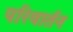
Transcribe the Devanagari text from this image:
परिवार्तन